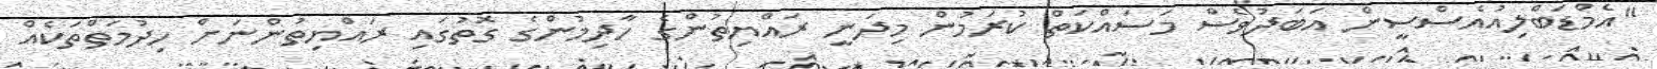
"އެމްޑަބްލިއުއެސްސީން އަބަދުވެސް މަސައްކަތް ކުރަމުން މިދަނީ ރައްޔިތުންގެ ހާދިމުންގެ ގޮތުގައި ރައްޔިތުންނަށް ހިދުމަތްތަކެއް